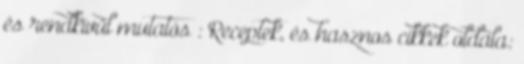
és rendkívül mutatós : Receptek, és hasznos cikkek oldala: